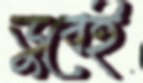
ডুবেই